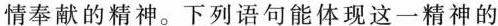
情奉献的精神。下列语句能体现这一精神的